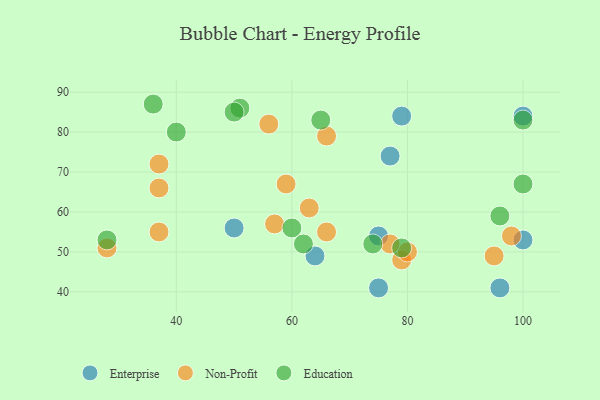
{"axis": {"x": "GDP", "y": "Life Expectancy"}, "legend": ["Education", "Enterprise", "Non-Profit"], "data": [{"x": "64", "y": 49, "type": "Enterprise"}, {"x": "100", "y": 53, "type": "Enterprise"}, {"x": "100", "y": 84, "type": "Enterprise"}, {"x": "96", "y": 41, "type": "Enterprise"}, {"x": "75", "y": 54, "type": "Enterprise"}, {"x": "77", "y": 74, "type": "Enterprise"}, {"x": "79", "y": 84, "type": "Enterprise"}, {"x": "75", "y": 41, "type": "Enterprise"}, {"x": "50", "y": 56, "type": "Enterprise"}, {"x": "79", "y": 48, "type": "Non-Profit"}, {"x": "57", "y": 57, "type": "Non-Profit"}, {"x": "37", "y": 55, "type": "Non-Profit"}, {"x": "59", "y": 67, "type": "Non-Profit"}, {"x": "63", "y": 61, "type": "Non-Profit"}, {"x": "98", "y": 54, "type": "Non-Profit"}, {"x": "95", "y": 49, "type": "Non-Profit"}, {"x": "37", "y": 66, "type": "Non-Profit"}, {"x": "66", "y": 55, "type": "Non-Profit"}, {"x": "56", "y": 82, "type": "Non-Profit"}, {"x": "66", "y": 79, "type": "Non-Profit"}, {"x": "80", "y": 50, "type": "Non-Profit"}, {"x": "28", "y": 51, "type": "Non-Profit"}, {"x": "77", "y": 52, "type": "Non-Profit"}, {"x": "37", "y": 72, "type": "Non-Profit"}, {"x": "40", "y": 80, "type": "Education"}, {"x": "51", "y": 86, "type": "Education"}, {"x": "100", "y": 83, "type": "Education"}, {"x": "100", "y": 67, "type": "Education"}, {"x": "50", "y": 85, "type": "Education"}, {"x": "62", "y": 52, "type": "Education"}, {"x": "96", "y": 59, "type": "Education"}, {"x": "65", "y": 83, "type": "Education"}, {"x": "28", "y": 53, "type": "Education"}, {"x": "79", "y": 51, "type": "Education"}, {"x": "60", "y": 56, "type": "Education"}, {"x": "74", "y": 52, "type": "Education"}, {"x": "36", "y": 87, "type": "Education"}]}